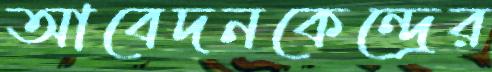
আবেদনকেন্দ্রের